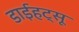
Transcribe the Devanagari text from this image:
डाईहट्सू